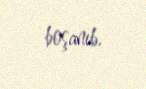
boşanıb.